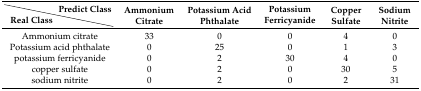
|  | Predict Class | <ROWSPAN=2> Ammonium Citrate | <ROWSPAN=2> Potassium Acid Phthalate | <ROWSPAN=2> Potassium Ferricyanide | <ROWSPAN=2> Copper Sulfate | <ROWSPAN=2> Sodium Nitrite |
 | Real Class |  |
 | --- | --- | --- | --- | --- | --- | --- |
 | <COLSPAN=2> Ammonium citrate | 33 | 0 | 0 | 4 | 0 |
 | <COLSPAN=2> Potassium acid phthalate | 0 | 25 | 0 | 1 | 3 |
 | <COLSPAN=2> potassium ferricyanide | 0 | 2 | 30 | 4 | 0 |
 | <COLSPAN=2> copper sulfate | 0 | 2 | 0 | 30 | 5 |
 | <COLSPAN=2> sodium nitrite | 0 | 2 | 0 | 2 | 31 |